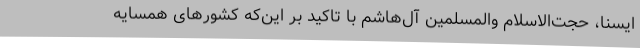
ایسنا، حجت‌الاسلام والمسلمین آل‌هاشم با تاکید بر این‌که کشورهای همسایه